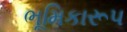
ભૂમિકારૂપ